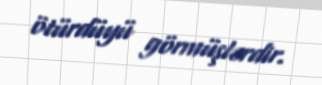
ötürdüyü görmüşlərdir.